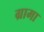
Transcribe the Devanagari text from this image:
ग्रामा